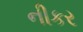
નીકર